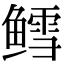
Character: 鳕